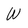
Character: W